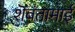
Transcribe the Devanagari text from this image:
शॆवंतामाई